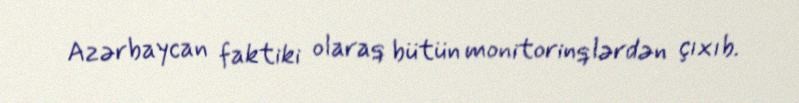
Azərbaycan faktiki olaraq bütün monitorinqlərdən çıxıb.